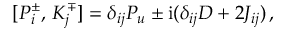
{ } [ P _ { i } ^ { \pm } , \, K _ { j } ^ { \mp } ] = \delta _ { i j } P _ { u } \pm \mathrm { i } ( \delta _ { i j } D + 2 J _ { i j } ) \, ,